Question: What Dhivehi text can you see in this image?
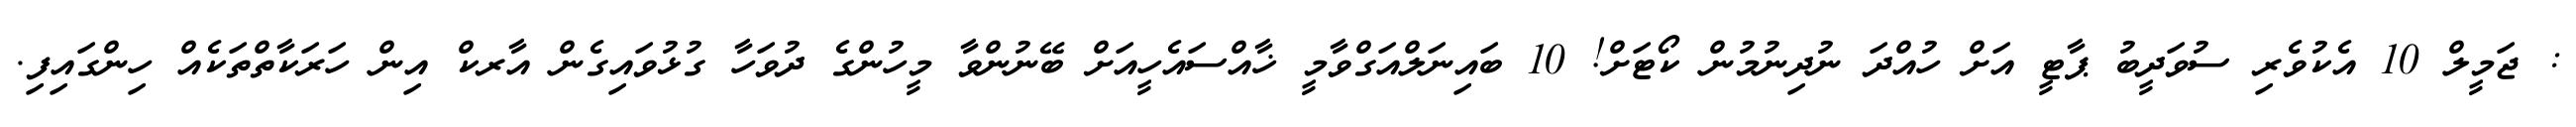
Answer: : ޖަމީލް 10 އެކުވެރި ސުވަދީބު ޕާޓީ އަށް ހުއްދަ ނުދިނުމުން ކޯޓަށް! 10 ބައިނަލްއަގްވާމީ ޚާއްސައެހީއަށް ބޭނުންވާ މީހުންގެ ދުވަހާ ގުޅުވައިގެން އާރކް އިން ހަރަކާތްތަކެއް ހިންގައިފި.